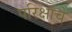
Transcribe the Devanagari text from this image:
परिक्षांचे